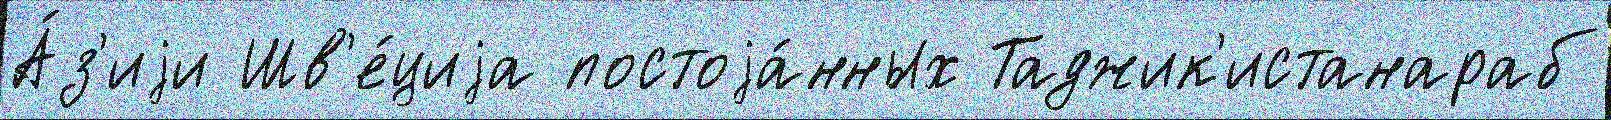
А́з'иjи Шв'е́циjа постоjа́нных Таджик'истанараб